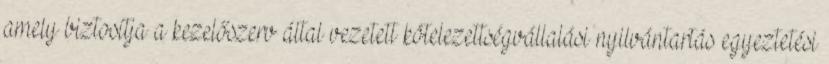
amely biztosítja a kezelőszerv által vezetett kötelezettségvállalási nyilvántartás egyeztetési